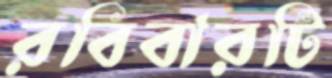
রবিবারটি